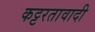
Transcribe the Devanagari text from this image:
कट्टरतावादी